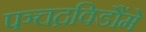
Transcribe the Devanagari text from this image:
पञ्चद्रविडौंमे